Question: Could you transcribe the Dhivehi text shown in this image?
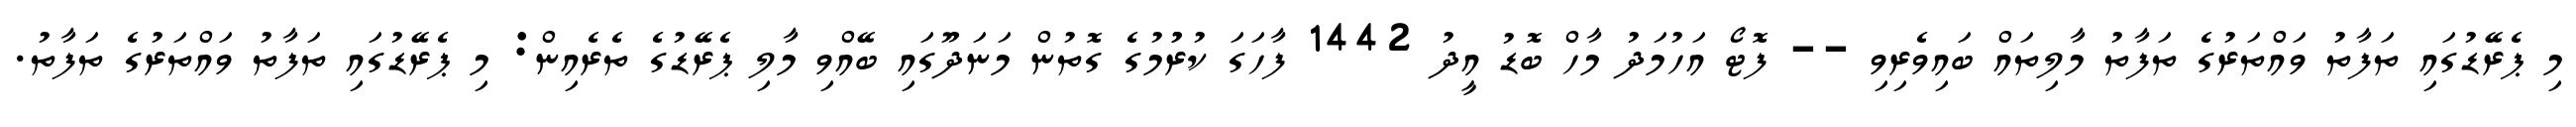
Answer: މި ޕެރޭޑުގައި ތަފާތު ވައްތަރުގެ ތަފާތު މާލިތައް ބައިވެރިވި -- ފޮޓޯ އަހުމަދު މާހް ބޮޑު އީދު 1442 ފާހަގަ ކުރުުމުގެ ގޮތުން މަނަދޫގައި ބޭއްވި މާލި ޕެރޭޑުގެ ތެރެއިން: މި ޕެރޭޑުގައި ތަފާތު ވައްތަރުގެ ތަފާތު.